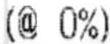
(@ 0%)